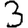
Digit: 3